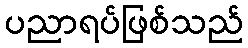
ပညာရပ်ဖြစ်သည်